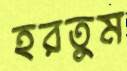
হরতুম